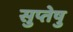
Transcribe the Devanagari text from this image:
सुप्तेषु